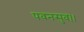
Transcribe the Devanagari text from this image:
पवनसुव।।